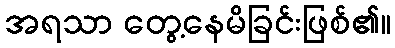
အရသာ တွေ့နေမိခြင်းဖြစ်၏။